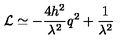
{ \cal L } \simeq - \frac { 4 h ^ { 2 } } { \lambda ^ { 2 } } q ^ { 2 } + \frac { 1 } { \lambda ^ { 2 } }